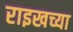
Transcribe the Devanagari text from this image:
राइखच्या